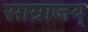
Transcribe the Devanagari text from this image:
साम्राजय्